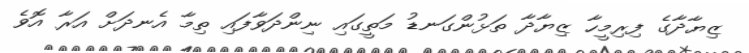
ޒިޔާދާގެ ފިރިމީހާ ޒިޔާދާ ތަޅުންގަނޑު މަތީގައި ނިންދަވާފައި ތިމާ އެނދަށް އަރާ އޮވެ